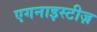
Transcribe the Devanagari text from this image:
एगनाइस्टीज़